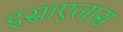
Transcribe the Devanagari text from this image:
इस्राएलास